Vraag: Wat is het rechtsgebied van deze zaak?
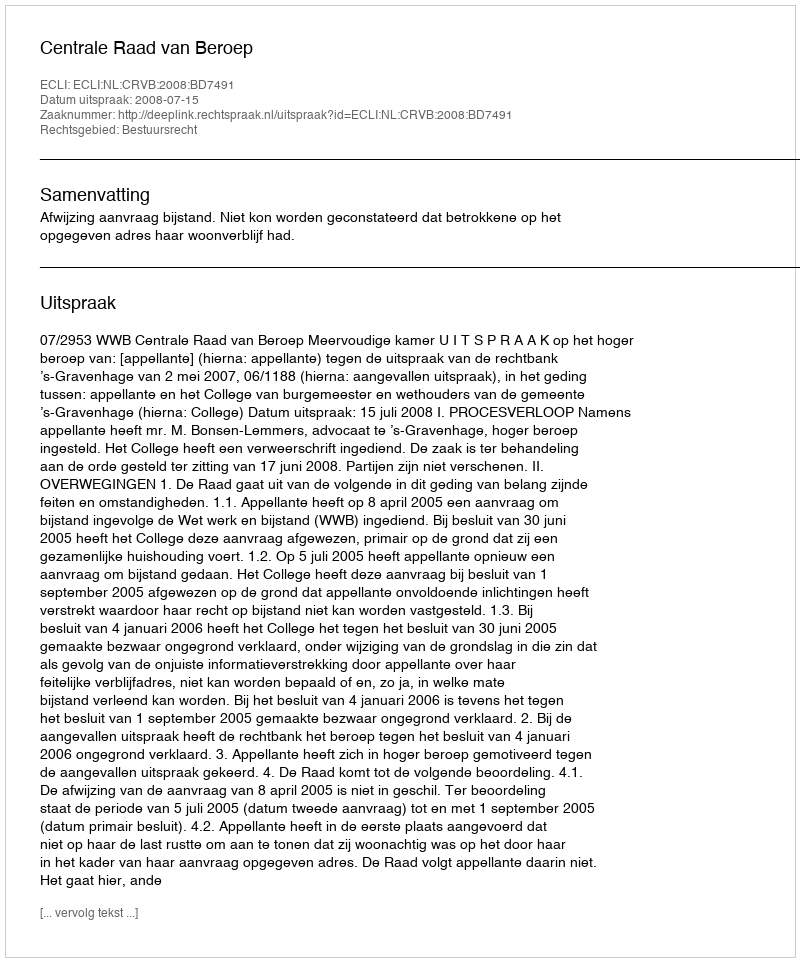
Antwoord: Bestuursrecht